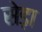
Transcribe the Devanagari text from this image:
सेड़ा